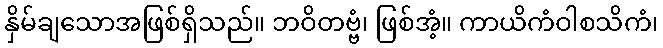
နှိမ်ချသောအဖြစ်ရှိသည်။ ဘဝိတဗ္ဗံ၊ ဖြစ်အံ့။ ကာယိကံဝါစသိကံ၊